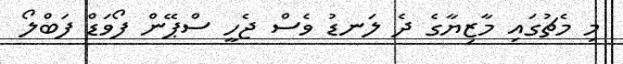
މި މެޗުގައި މާޒިޔާގެ ދެ ލަނޑު ވެސް ޖެހީ ސްޕޭން ފޯވަޑް ފަބްލޯ